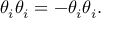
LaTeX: \theta _ { i } \theta _ { i } = - \theta _ { i } \theta _ { i } .